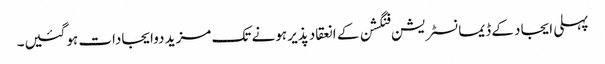
پہلی ایجاد کے ڈیمانسٹریشن فنگشن کے انعقاد پذیر ہونے تک مزید دوایجادات ہوگئیں۔